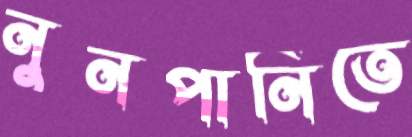
নুনপানিতে